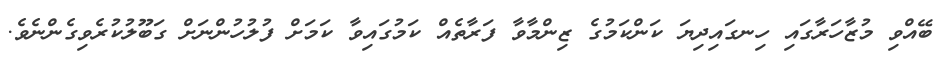
ބޭއްވި މުޒާހަރާގައި ހިނގައިދިޔަ ކަންކަމުގެ ޒިންމާވާ ފަރާތެއް ކަމުގައިވާ ކަމަށް ފުލުހުންނަށް ގަބޫލުކުރެވިގެންނެވެ.